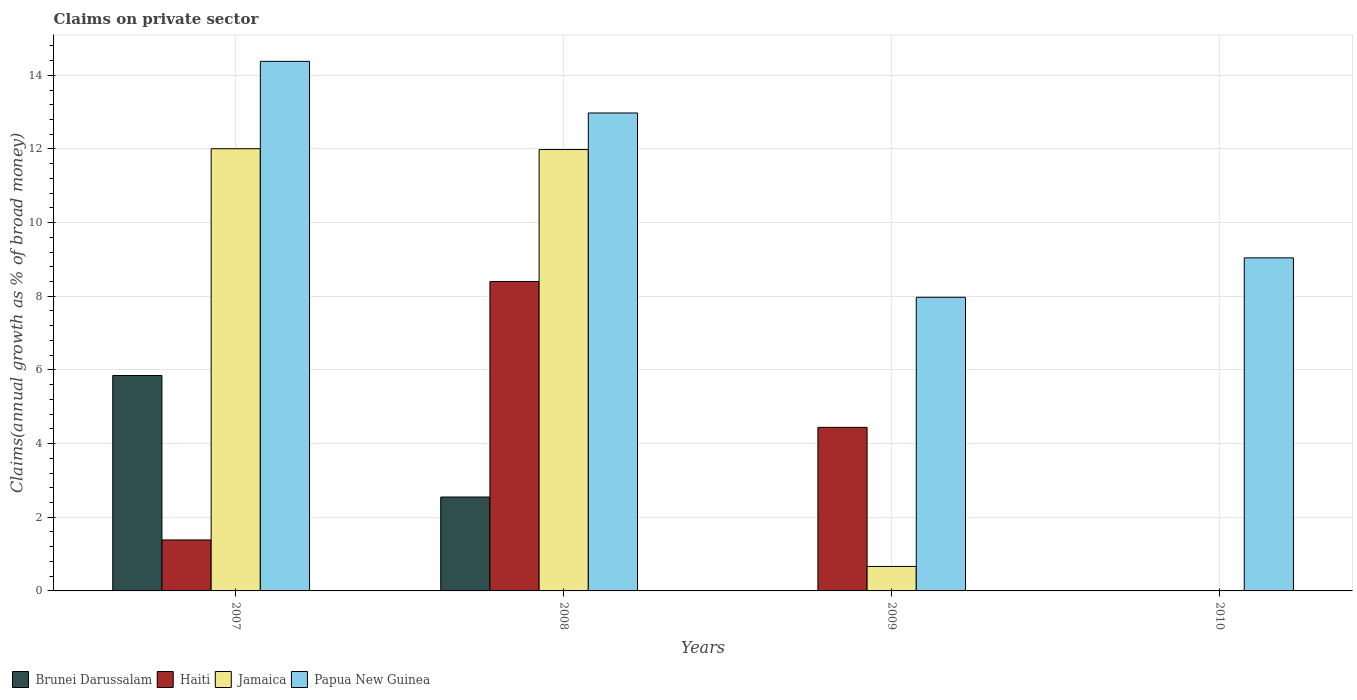
| Years | Brunei Darussalam | Haiti | Jamaica | Papua New Guinea |
 | --- | --- | --- | --- | --- |
 | 2007 | 5.85 | 1.38 | 12 | 14.4 |
 | 2008 | 2.55 | 8.4 | 12 | 13 |
 | 2009 | -1.98 | 4.44 | 0.664 | 7.97 |
 | 2010 | -0.681 | -1.44 | -0.0561 | 9.04 |